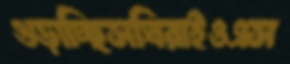
ওড়াচ্ছিসঘিরাইওএস